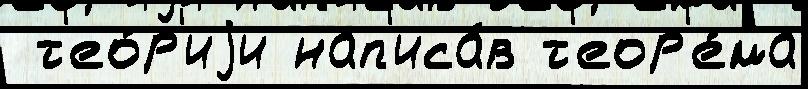
 т'ео́р'иjи нап'иса́в т'еор'е́ма